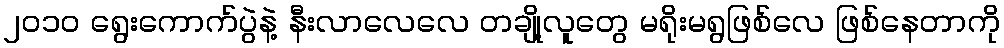
၂ဝ၁ဝ ရွေးကောက်ပွဲနဲ့ နီးလာလေလေ တချို့လူတွေ မရိုးမရွဖြစ်လေ ဖြစ်နေတာကို